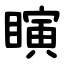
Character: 瞚